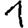
Digit: 1